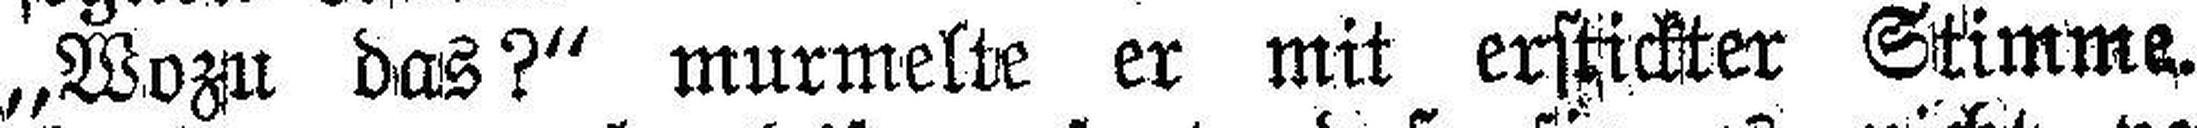
„Wozu das?“ murmelte er mit erstickter Stimme.